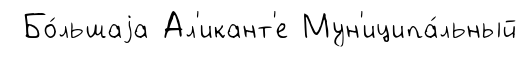
Бо́льшаjа Ал'икант'е Мун'иципа́льный